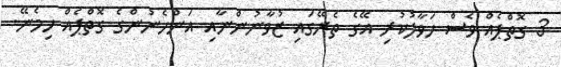
3 ގޮތްޕެއް ވެސް ހަވާލުކުރި އޭގެ ތެރޭގައި ޒުވާނުންނާއި އަންހެނުންގެ ގޮތްޕެއް ހިމެނޭ.